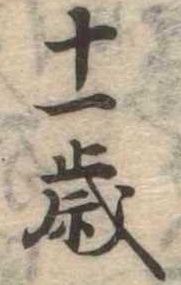
十一歳